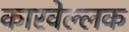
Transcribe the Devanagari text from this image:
कारवेल्लक